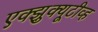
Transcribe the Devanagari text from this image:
एक्झुक्यूटीव्ह